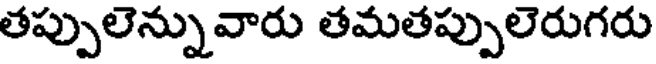
తప్పులెన్నువారు తమతప్పులెరుగరు